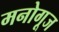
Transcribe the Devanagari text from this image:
मनोगूज